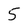
Character: 5